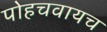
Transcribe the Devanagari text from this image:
पोहचवायच